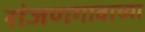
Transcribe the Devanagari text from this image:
रांजणगावाच्या